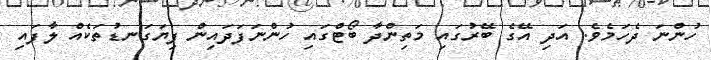
ހުންނަ ދެހަމެވެ. އަދި އޭގެ ބޭރުގައި މަތިންދާ ބޯޓްގައި ހުންނަފަދައިން ފިޔަގަނޑުތަކެއް ލާފައި